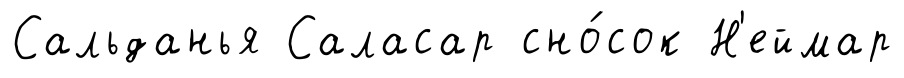
Сальданья Саласар сно́сок Н'еймар